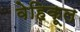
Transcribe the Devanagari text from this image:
वेहिकूल